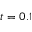
t = 0 . 1